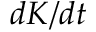
d K / d t